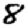
Digit: 8